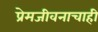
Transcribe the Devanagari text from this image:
प्रेमजीवनाचाही